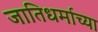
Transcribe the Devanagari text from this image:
जातिधर्माच्या